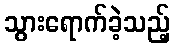
သွားရောက်ခဲ့သည့်